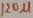
Text: 120µF